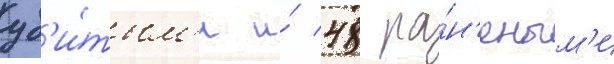
уб'и́тым'и и́ 48 ра́н'еным'и